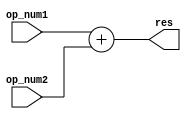
module Adder #(parameter WIDTH=32) (
    input [WIDTH-1:0] op_num1,
    input [WIDTH-1:0] op_num2,
    output reg [WIDTH-1:0] res
);
    always@(*) begin 
    res = op_num1 + op_num2;
    end
endmodule